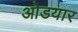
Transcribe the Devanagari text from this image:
ओडयार